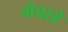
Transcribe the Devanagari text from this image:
मेवाडे